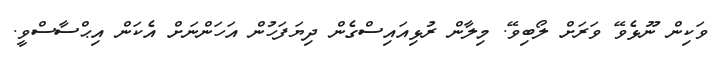
ވަކިން ނޫޅެވޭ ވަރަށް ލޯބިވޭ. މިލާން ރުޅިއައިސްގެން ދިޔަފަހުން އަހަންނަށް އެކަން އިޙްސާސްވީ.